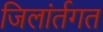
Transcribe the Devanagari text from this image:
जिलांर्तगत